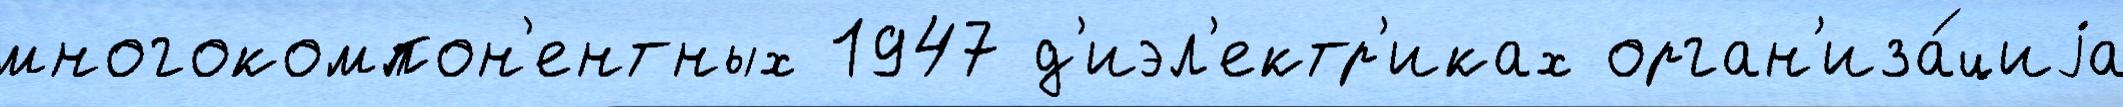
многокомпон'ентных 1947 д'иэл'ектр'иках орган'иза́циjа